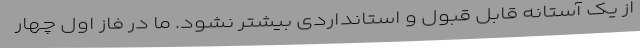
از یک آستانه قابل قبول و استانداردی بیشتر نشود. ما در فاز اول چهار